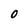
Character: 0